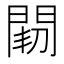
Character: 𨴒